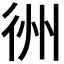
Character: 𢓟